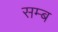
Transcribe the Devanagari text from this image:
सम्ब